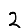
Digit: 2